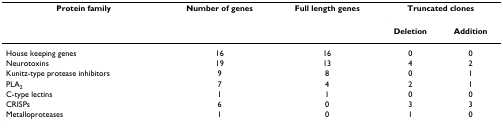
<table><thead><tr><td><b>Protein family</b></td><td><b>Number of genes</b></td><td><b>Full length genes</b></td><td colspan="2"><b>Truncated clones</b></td></tr><tr><td></td><td></td><td></td><td><b>Deletion</b></td><td><b>Addition</b></td></tr></thead><tbody><tr><td>House keeping genes</td><td>16</td><td>16</td><td>0</td><td>0</td></tr><tr><td>Neurotoxins</td><td>19</td><td>13</td><td>4</td><td>2</td></tr><tr><td>Kunitz-type protease inhibitors</td><td>9</td><td>8</td><td>0</td><td>1</td></tr><tr><td>PLA<sub>2</sub></td><td>7</td><td>4</td><td>2</td><td>1</td></tr><tr><td>C-type lectins</td><td>1</td><td>1</td><td>0</td><td>0</td></tr><tr><td>CRISPs</td><td>6</td><td>0</td><td>3</td><td>3</td></tr><tr><td>Metalloproteases</td><td>1</td><td>0</td><td>1</td><td>0</td></tr></tbody></table>